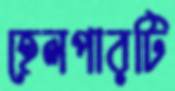
হেলপারটি